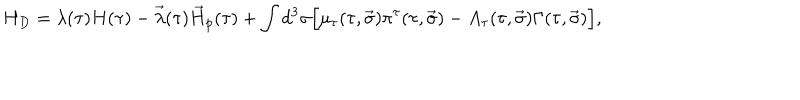
LaTeX: H _ { D } = \lambda ( \tau ) H ( \tau ) - \vec { \lambda } ( \tau ) \vec { H } _ { p } ( \tau ) + \int { d ^ { 3 } \sigma \Big [ \mu _ { \tau } ( \tau , \vec { \sigma } ) \pi ^ { \tau } ( \tau , \vec { \sigma } ) - A _ { \tau } ( \tau , \vec { \sigma } ) \Gamma ( \tau , \vec { \sigma } ) \Big ] } ,